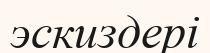
эскиздері